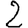
Digit: 2